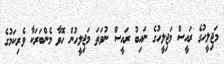
މަޖިލީހުގެ ރައީސް މަޖިލީހުގެ ނައިބު ރައީސް ނުވަތަ މަޖިލީހުން ހޮވާ މެންބަރަކާ ވެރިކަމުގެ